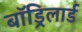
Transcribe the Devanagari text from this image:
बॉड्रिलार्ड